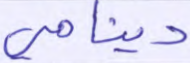
دينامي